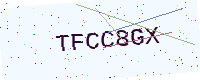
Text: TFCC8GX